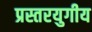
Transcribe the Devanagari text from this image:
प्रस्तरयुगीय